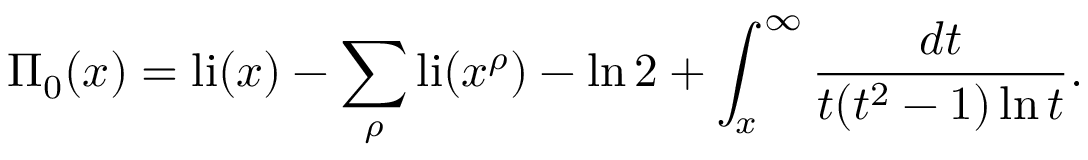
\Pi _ { 0 } ( x ) = \operatorname { l i } ( x ) - \sum _ { \rho } \operatorname { l i } ( x ^ { \rho } ) - \ln 2 + \int _ { x } ^ { \infty } { \frac { d t } { t ( t ^ { 2 } - 1 ) \ln t } } .